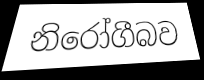
නිරෝගීබව